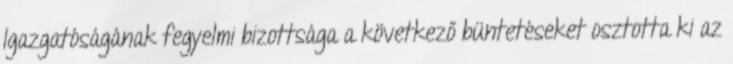
Igazgatóságának fegyelmi bizottsága a következő büntetéseket osztotta ki az